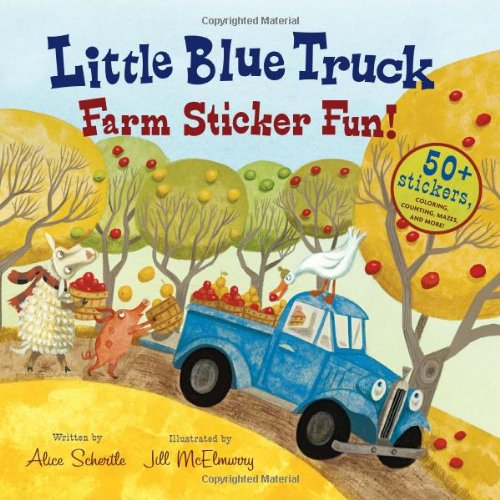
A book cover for Little Blue Truck Farm Sticker Fun!; Alice Schertle; Children's Books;